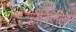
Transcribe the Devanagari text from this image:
लैबिऐलिस